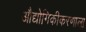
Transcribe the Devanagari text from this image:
औद्योगिकीकरणाला